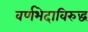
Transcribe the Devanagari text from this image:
वर्णभेदाविरुद्ध